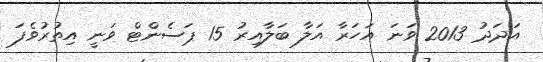
އަދަދު 2013 ވަނަ އަހަރާ އަލާ ބަލާއިރު 15 ޕަސެންޓް ވަނީ އިތުރުވެފަ